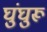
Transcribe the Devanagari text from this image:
घुंघुरू